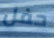
حفل